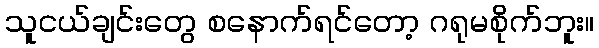
သူငယ်ချင်းတွေ စနောက်ရင်တော့ ဂရုမစိုက်ဘူး။